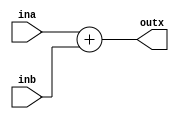
module adder (
	ina,
	inb,
	outx

	);
	input [31:0] ina;
	input [31:0] inb;
	output [31:0] outx;

	assign outx = ina + inb;
endmodule